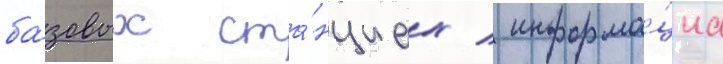
ба́зовых ста́нциах / информа́циа